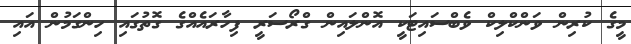
މީގެ ކުރިން ވަންކްލިކް ވެބްސައިޓަކީ އޮންލައިން ގްރޯސަރީ ފިހާރައެއްގެ ގޮތުގައި ހިންގަމުން އައި